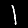
Label: 1